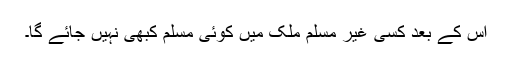
اس کے بعد کسی غیر مسلم ملک میں کوئی مسلم کبھی نہیں جائے گا۔